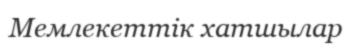
Мемлекеттік хатшылар